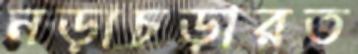
নড়াচড়ারত